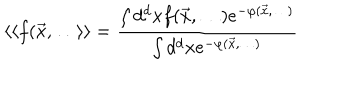
\langle \langle f ( { \vec { x } } , \dots \rangle \rangle = \frac { \int d ^ { d } x f ( { \vec { x } } , \dots ) e ^ { - \varphi ( { \vec { x } } , \dots ) } } { \int d ^ { d } x e ^ { - \varphi ( { \vec { x } } , \dots ) } }